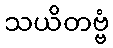
သယိတဗ္ဗံ